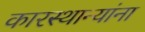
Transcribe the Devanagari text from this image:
कारस्थान्यांना